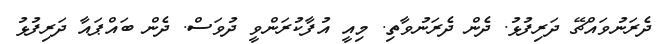
ދެރަނުވައްޗޭ ދަރިފުޅު. ދެން ދެރަނުވާތި. މިއީ އުފާކުރަންވީ ދުވަސް. ދެން ބައްޕައާ ދަރިފުޅު